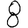
Digit: 8